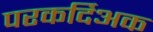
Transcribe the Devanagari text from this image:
परकर्दिअक